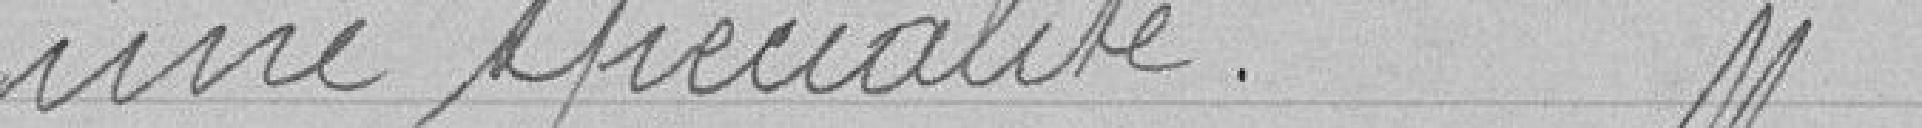
une spécialité.